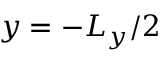
y = - L _ { y } / 2